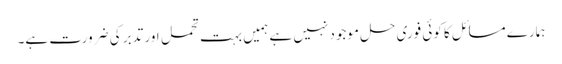
ہمارے مسائل کا کوئی فوری حل موجود نہیں ہے ہمیں بہت تحمل اور تدبر کی ضرورت ہے۔